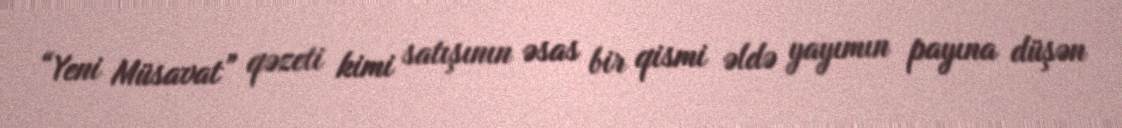
“Yeni Müsavat” qəzeti kimi satışının əsas bir qismi əldə yayımın payına düşən